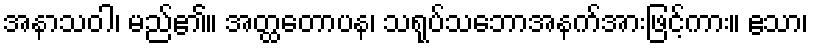
အနာသဝါ၊ မည်၏။ အတ္ထတောပန၊ သရုပ်သဘောအနက်အားဖြင့်ကား။ ဧသာ၊